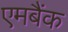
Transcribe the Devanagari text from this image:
एमबैंक